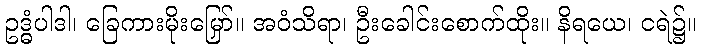
ဥဒ္ဓံပါဒါ၊ ခြေကားမိုးမြှော်။ အဝံသိရာ၊ ဦးခေါင်းစောက်ထိုး။ နိရယေ၊ ငရဲ၌။